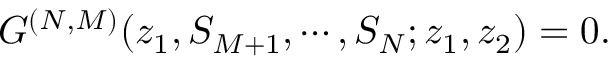
G ^ { ( N , M ) } ( z _ { 1 } , S _ { M + 1 } , \cdots , S _ { N } ; z _ { 1 } , z _ { 2 } ) = 0 .